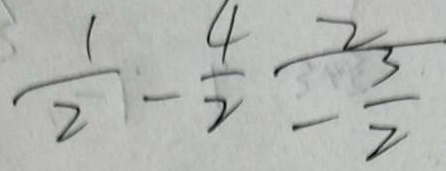
\frac { 1 } { 2 } - \frac { 4 } { 2 } = \frac { 2 } { \frac { 3 } { 2 } }